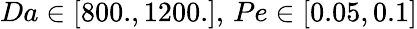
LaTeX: Da\in[800.,1200.],\, Pe\in[0.05,0.1]